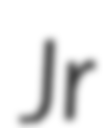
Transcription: Jr